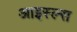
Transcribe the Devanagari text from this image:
आइस्ल्स